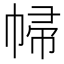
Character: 𢃞